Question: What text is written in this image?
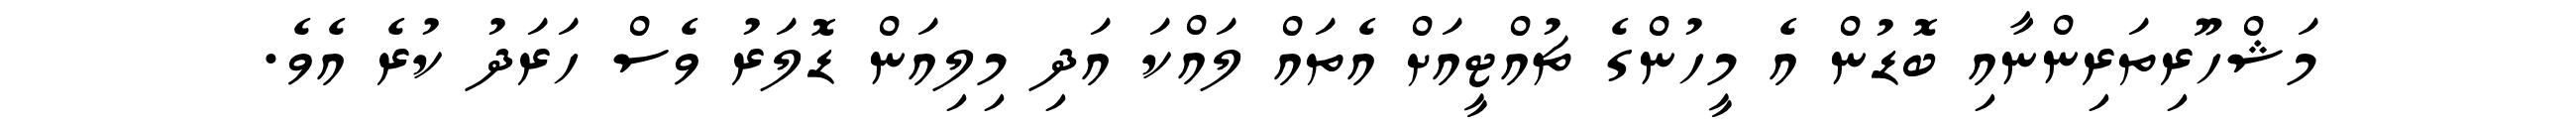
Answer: މަޝްހޫރިތަރިންނާއި ބޮޑުން އެ މީހުންގެ ޗުއްޓީއަށް އެތައް ލައްކަ އަދި މިލިއަން ޑޮލަރު ވެސް ހަރަދު ކުރެ އެވެ.